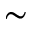
\sim